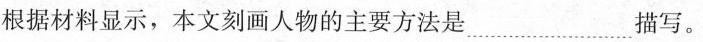
根据材料显示，本文刻画人物的主要方法是_____________________描写。